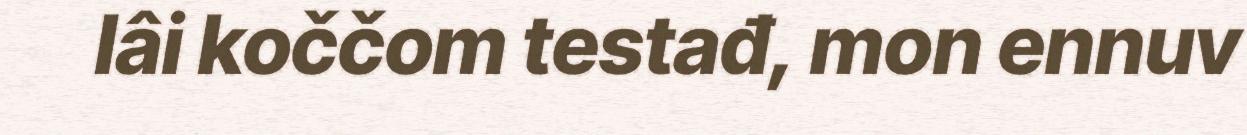
lâi koččom testađ, mon ennuv